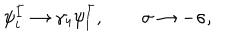
\psi _ { i } ^ { \bar { I } } \rightarrow \gamma _ { 4 } \psi _ { i } ^ { \bar { I } } , \qquad \sigma \rightarrow - \sigma ,